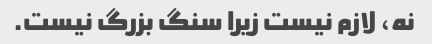
نه، لازم نیست زیرا سنگ بزرگ نیست.